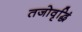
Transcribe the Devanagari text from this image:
तजोवृद्धिं